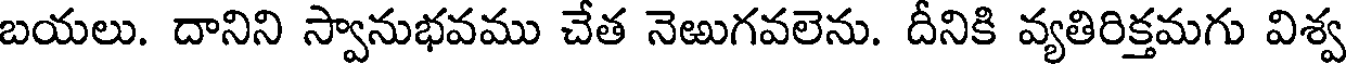
బయలు. దానిని స్వానుభవము చేత నెఱుగవలెను. దీనికి వ్యతిరిక్తమగు విశ్వ